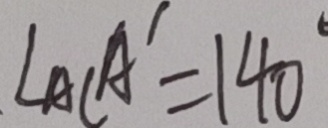
\angle A C A ^ { \prime } = 1 4 0 ^ { \circ }